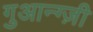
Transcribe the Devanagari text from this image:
गुआन्ग्ज़ी